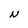
Character: N